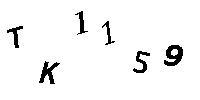
TK1159